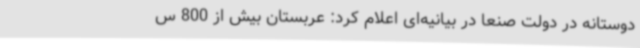
دوستانه در دولت صنعا در بیانیه‌ای اعلام کرد: عربستان بیش از 800 س